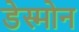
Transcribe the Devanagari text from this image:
डेस्मोन